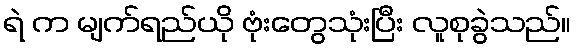
ရဲ က မျက်ရည်ယို ဗုံးတွေသုံးပြီး လူစုခွဲသည်။